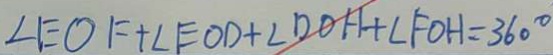
\angle E O F + \angle E O D + \angle D O H + \angle F O H = 3 6 0 ^ { \circ }